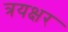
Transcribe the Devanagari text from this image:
त्रयक्षर